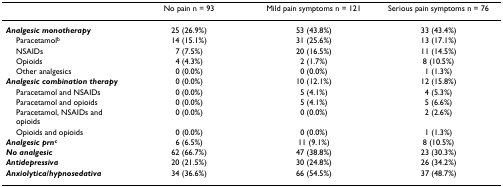
<table><thead><tr><td></td><td><b>No pain n = 93</b></td><td><b>Mild pain symptoms n = 121</b></td><td><b>Serious pain symptoms n = 76</b></td></tr></thead><tbody><tr><td><b><i>Analgesic monotherapy</i></b></td><td>25 (26.9%)</td><td>53 (43.8%)</td><td>33 (43.4%)</td></tr><tr><td> Paracetamol<sup>b</sup></td><td>14 (15.1%)</td><td>31 (25.6%)</td><td>13 (17.1%)</td></tr><tr><td> NSAIDs</td><td>7 (7.5%)</td><td>20 (16.5%)</td><td>11 (14.5%)</td></tr><tr><td> Opioids</td><td>4 (4.3%)</td><td>2 (1.7%)</td><td>8 (10.5%)</td></tr><tr><td> Other analgesics</td><td>0 (0.0%)</td><td>0 (0.0%)</td><td>1 (1.3%)</td></tr><tr><td><b><i>Analgesic combination therapy</i></b></td><td>0 (0.0%)</td><td>10 (12.1%)</td><td>12 (15.8%)</td></tr><tr><td> Paracetamol and NSAIDs</td><td>0 (0.0%)</td><td>5 (4.1%)</td><td>4 (5.3%)</td></tr><tr><td> Paracetamol and opioids</td><td>0 (0.0%)</td><td>5 (4.1%)</td><td>5 (6.6%)</td></tr><tr><td> Paracetamol, NSAIDs and opioids</td><td>0 (0.0%)</td><td>0 (0.0%)</td><td>2 (2.6%)</td></tr><tr><td> Opioids and opioids</td><td>0 (0.0%)</td><td>0 (0.0%)</td><td>1 (1.3%)</td></tr><tr><td><b><i>Analgesic prn</i></b><sup><b>c</b></sup></td><td>6 (6.5%)</td><td>11 (9.1%)</td><td>8 (10.5%)</td></tr><tr><td><b><i>No analgesic</i></b></td><td>62 (66.7%)</td><td>47 (38.8%)</td><td>23 (30.3%)</td></tr><tr><td><b><i>Antidepressiva</i></b></td><td>20 (21.5%)</td><td>30 (24.8%)</td><td>26 (34.2%)</td></tr><tr><td><b><i>Anxiolytica/hypnosedativa</i></b></td><td>34 (36.6%)</td><td>66 (54.5%)</td><td>37 (48.7%)</td></tr></tbody></table>